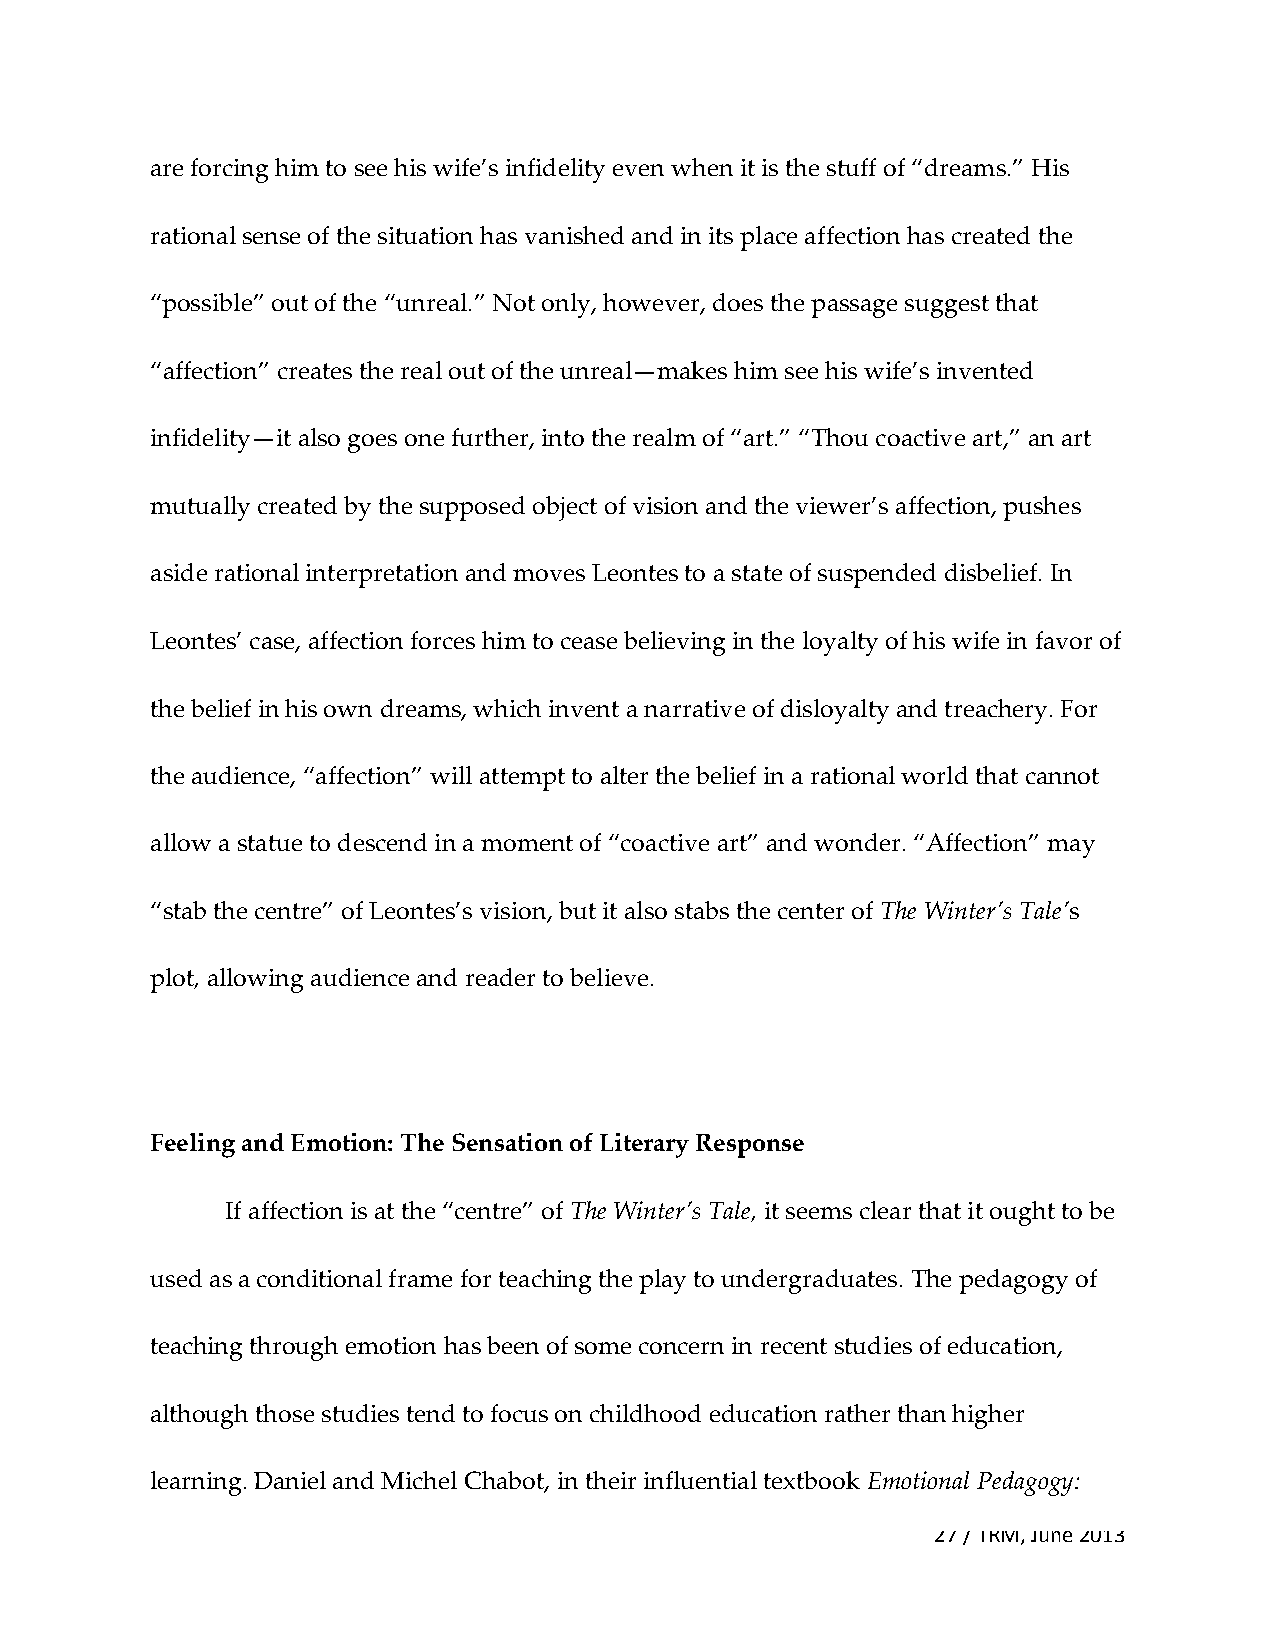
are forcing him to see his wife’s infidelity even when it is the stuff of “dreams.” His
 rational sense of the situation has vanished and in its place affection has created the
 “possible” out of the “unreal.” Not only, however, does the passage suggest that
 “affection” creates the real out of the unreal—makes him see his wife’s invented
 infidelity—it also goes one further, into the realm of “art.” “Thou coactive art,” an art
 mutually created by the supposed object of vision and the viewer’s affection, pushes
 aside rational interpretation and moves Leontes to a state of suspended disbelief. In
 Leontes’ case, affection forces him to cease believing in the loyalty of his wife in favor of
 the belief in his own dreams, which invent a narrative of disloyalty and treachery. For
 the audience, “affection” will attempt to alter the belief in a rational world that cannot
 allow a statue to descend in a moment of “coactive art” and wonder. “Affection” may
 “stab the centre” of Leontes’s vision, but it also stabs the center of The Winter’s Tale’s
 plot, allowing audience and reader to believe.
 Feeling and Emotion: The Sensation of Literary Response
 If affection is at the “centre” of The Winter’s Tale, it seems clear that it ought to be
 used as a conditional frame for teaching the play to undergraduates. The pedagogy of
 teaching through emotion has been of some concern in recent studies of education,
 although those studies tend to focus on childhood education rather than higher
 learning. Daniel and Michel Chabot, in their influential textbook Emotional Pedagogy:
 27 / TRM, June 2013